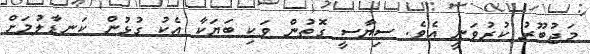
މަޖުބޫރު ކުރުވަނީ އެވެ. ސިޔާސީ ގޮތުން ވަކި ބަޔަކާ އެކު ގުޅުން ކަނޑާލުމަށް